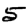
Digit: 5